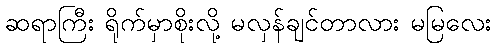
ဆရာကြီး ရိုက်မှာစိုးလို့ မလှန်ချင်တာလား မမြလေး